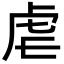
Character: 虐